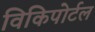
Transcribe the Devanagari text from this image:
विकिपोर्टल